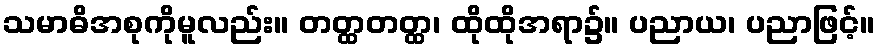
သမာဓိအစုကိုမူလည်း။ တတ္ထတတ္ထ၊ ထိုထိုအရာ၌။ ပညာယ၊ ပညာဖြင့်။